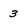
Character: 3